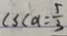
c s c a = \frac { 5 } { 3 }